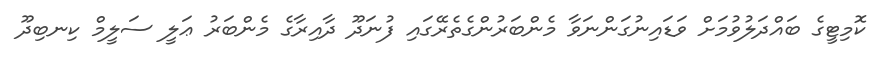
ކޮމިޓީގެ ބައްދަލުވުމަށް ވަޑައިނުގަންނަވާ މެންބަރުންގެތެރޭގައި ފުނަދޫ ދާއިރާގެ މެންބަރު ޢަލީ ސަލީމް ކިނބިދޫ